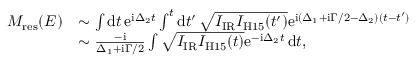
\begin{array} { r l } { M _ { \mathrm { { r e s } } } ( E ) } & { \sim \int \mathrm d t \, \mathrm e ^ { \mathrm i \Delta _ { 2 } t } \int ^ { t } \mathrm d t ^ { \prime } \, \sqrt { I _ { \mathrm { I R } } I _ { \mathrm { H 1 5 } } ( t ^ { \prime } ) } \mathrm e ^ { \mathrm i ( \Delta _ { 1 } + \mathrm i \Gamma / 2 - \Delta _ { 2 } ) ( t - t ^ { \prime } ) } } \\ & { \sim \frac { - \mathrm i } { \Delta _ { 1 } + \mathrm i \Gamma / 2 } \int \sqrt { I _ { \mathrm { I R } } I _ { \mathrm { H 1 5 } } ( t ) } \mathrm e ^ { - \mathrm i \Delta _ { 2 } t } \, \mathrm d t , } \end{array}